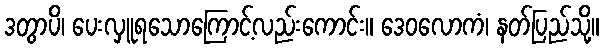
ဒတွာပိ၊ ပေးလှူရသောကြောင့်လည်းကောင်း။ ဒေဝလောကံ၊ နတ်ပြည်သို့။